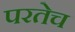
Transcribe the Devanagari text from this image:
परतेच